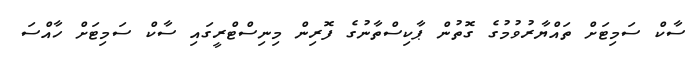
ސާކް ސަމިޓަށް ތައްޔާރުވުމުގެ ގޮތުން ޕާކިސްތާނުގެ ފޮރިން މިނިސްޓްރީގައި ސާކް ސަމިޓަށް ހާއްސަ